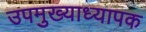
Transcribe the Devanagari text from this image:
उपमुख्याध्यापक